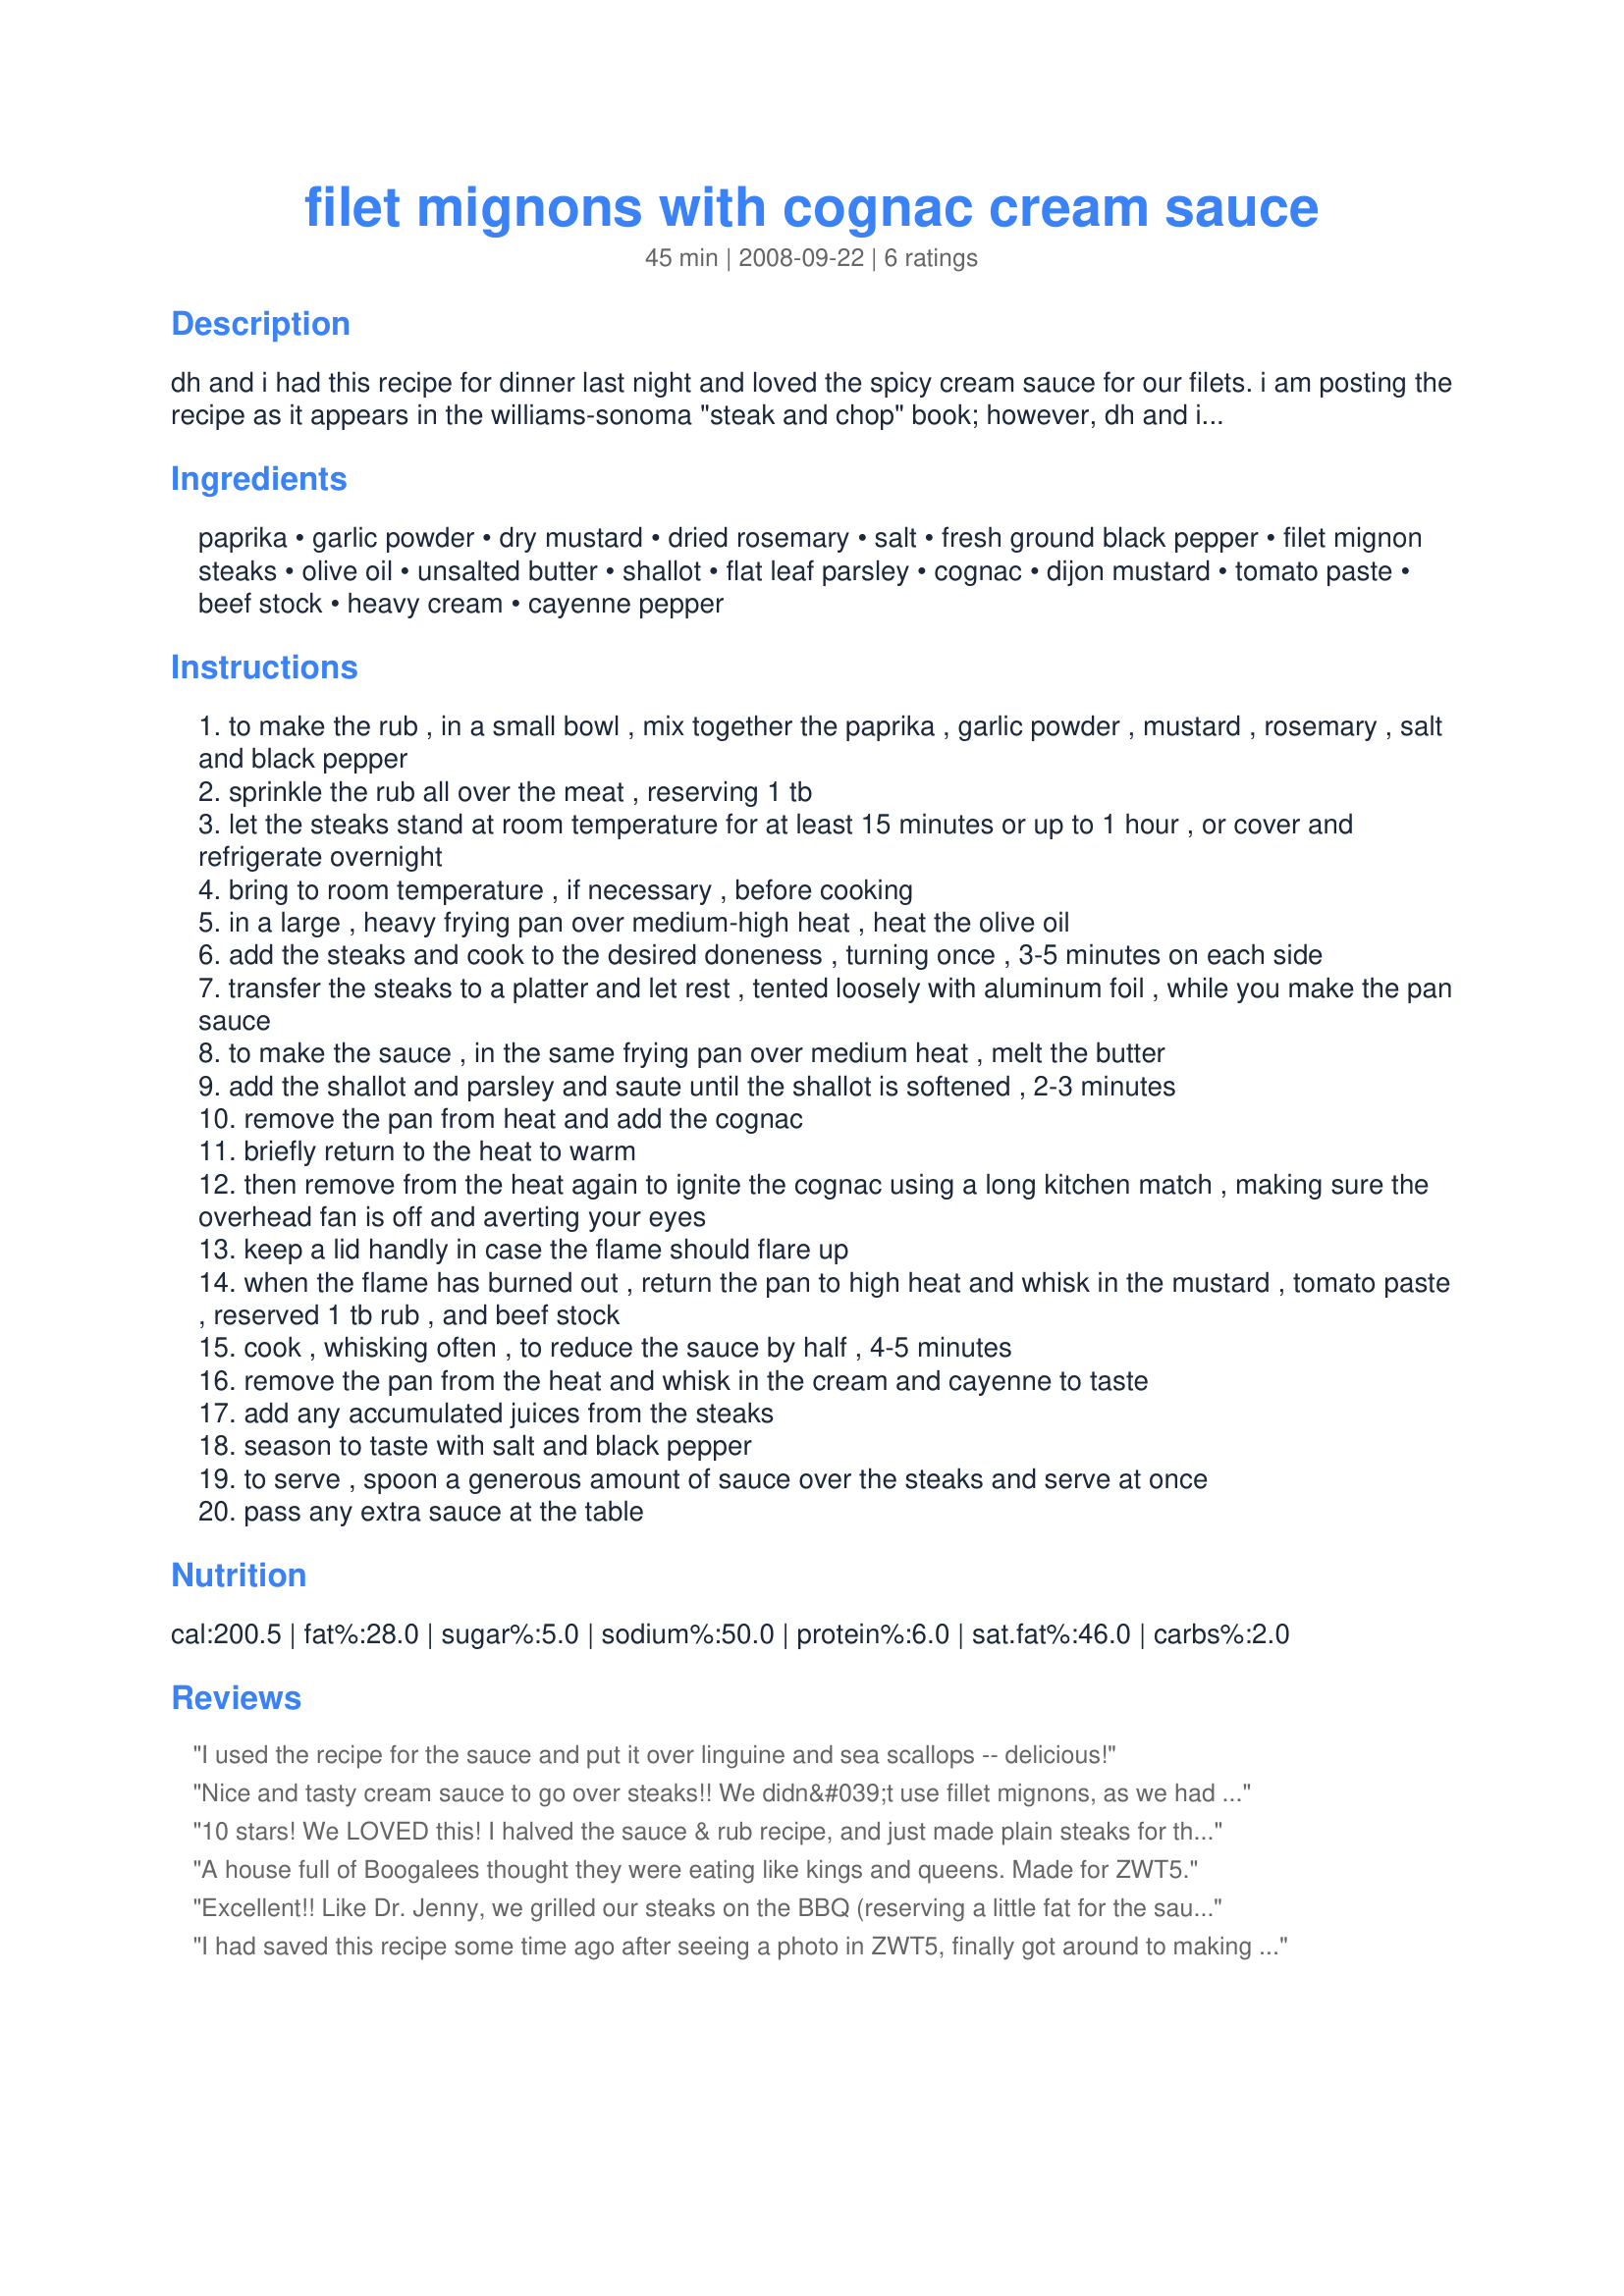
filet mignons with cognac cream sauce
Preparation time: 45 minutes

dh and i had this recipe for dinner last night and loved the spicy cream sauce for our filets. i am posting the recipe as it appears in the williams-sonoma "steak and chop" book; however, dh and i grilled our steak on the bbq and dh added a bit of steak fat that he chopped off of the filet to the pan on the stovetop for the cream sauce.

Ingredients:
paprika, garlic powder, dry mustard, dried rosemary, salt, fresh ground black pepper, filet mignon steaks, olive oil, unsalted butter, shallot, flat leaf parsley, cognac, dijon mustard, tomato paste, beef stock, heavy cream, cayenne pepper

Steps:
to make the rub , in a small bowl , mix together the paprika , garlic powder , mustard , rosemary , salt and black pepper
sprinkle the rub all over the meat , reserving 1 tb
let the steaks stand at room temperature for at least 15 minutes or up to 1 hour , or cover and refrigerate overnight
bring to room temperature , if necessary , before cooking
in a large , heavy frying pan over medium-high heat , heat the olive oil
add the steaks and cook to the desired doneness , turning once , 3-5 minutes on each side
transfer the steaks to a platter and let rest , tented loosely with aluminum foil , while you make the pan sauce
to make the sauce , in the same frying pan over medium heat , melt the butter
add the shallot and parsley and saute until the shallot is softened , 2-3 minutes
remove the pan from heat and add the cognac
briefly return to the heat to warm
then remove from the heat again to ignite the cognac using a long kitchen match , making sure the overhead fan is off and averting your eyes
keep a lid handly in case the flame should flare up
when the flame has burned out , return the pan to high heat and whisk in the mustard , tomato paste , reserved 1 tb rub , and beef stock
cook , whisking often , to reduce the sauce by half , 4-5 minutes
remove the pan from the heat and whisk in the cream and cayenne to taste
add any accumulated juices from the steaks
season to taste with salt and black pepper
to serve , spoon a generous amount of sauce over the steaks and serve at once
pass any extra sauce at the table

Reviews:
I used the recipe for the sauce and put it over linguine and sea scallops -- delicious!
Nice and tasty cream sauce to go over steaks!! We didn&#039;t use fillet mignons, as we had a supply of New York Strips and Ribeye steaks in the freezer(our personal favorites). Worked out great with our steaks, but I am sure it would be great with fillets as written. For us, the tomato flavor was too prominent, so next time, I would use about 1/2 of the amount. Thanks for sharing the recipe.
10 stars! We LOVED this! I halved the sauce & rub recipe, and just made plain steaks for the kids, but hubby & I thought it was amazing! I added a little extra cognac, and a generous spinkle of cayenne, but otherwise made exactly as written! Thanks for sharing! Made for ZWT7 - Switzerland (Vivacious Violets).
A house full of Boogalees thought they were eating like kings and queens. Made for ZWT5.
Excellent!! Like Dr. Jenny, we grilled our steaks on the BBQ (reserving a little fat for the sauce pan). The shallot, congnac and dijon cream sauce was wonderful, and really created an elegant finishing touch to our rubbed fillets. Thank you for a wonderful stop in France during ZWT5!
I had saved this recipe some time ago after seeing a photo in ZWT5, finally got around to making it and was not disappointed. Made it as directed and may cut back on the salt next time and it was a little salty for us, but oh so good. Served with recipe#275894 and steamed artichokes, with a glass of Washington Red, lovely dinner that DH and I will be repeating.
